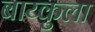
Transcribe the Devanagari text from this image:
बाय्कुला